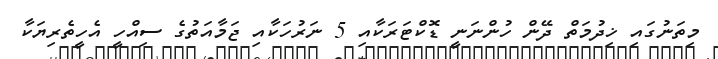
މިތަނުގައި ޚިދުމަތް ދޭން ހުންނަނީ ޑޮކްޓަރަކާއި 5 ނަރުހަކާއި ޖަމާއަތުގެ ސިއްހީ އެހީތެރިޔަކާ